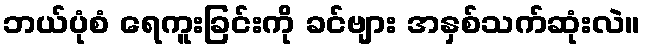
ဘယ်ပုံစံ ရေကူးခြင်းကို ခင်ဗျား အနှစ်သက်ဆုံးလဲ။